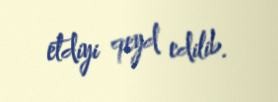
etdiyi qeyd edilib.